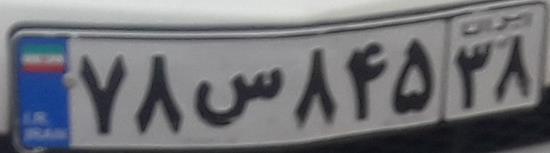
۷۸س۸۴۵۳۸